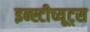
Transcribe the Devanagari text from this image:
इन्स्टीच्यूट्स